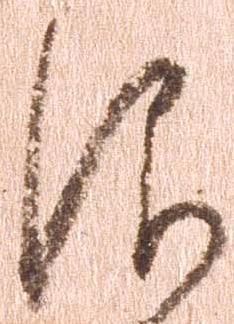
仰